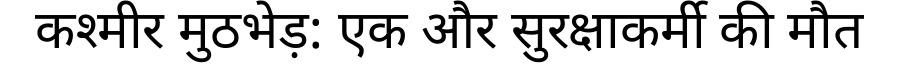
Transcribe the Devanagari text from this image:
कश्मीर मुठभेड़: एक और सुरक्षाकर्मी की मौत